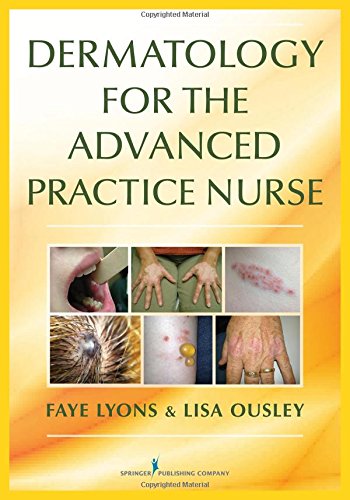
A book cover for Dermatology for the Advanced Practice Nurse; Faye Lyons DNP  RN  FNP-C; Medical Books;